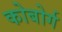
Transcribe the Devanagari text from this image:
कोबोर्ग